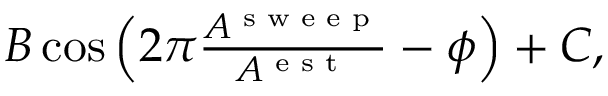
\begin{array} { r } { B \cos \left( 2 \pi \frac { A ^ { \textrm { s w e e p } } } { A ^ { \textrm { e s t } } } - \phi \right) + C , } \end{array}